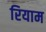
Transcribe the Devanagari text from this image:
रियाम